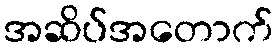
အဆိပ်အတောက်